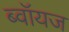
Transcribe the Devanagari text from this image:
ब्‍वॉयज